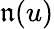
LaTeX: \mathfrak{n}(u)